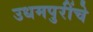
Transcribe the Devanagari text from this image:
उधमपुरींचे